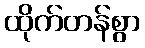
ထိုက်တန်စွာ